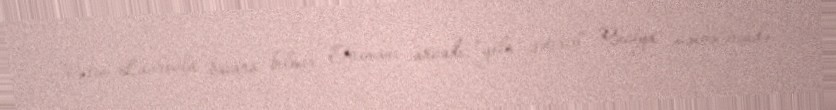
Putin Lavrovla bacara bilmir, Obamanı arvadı “yola gətirib” Rusiya mənbələrində